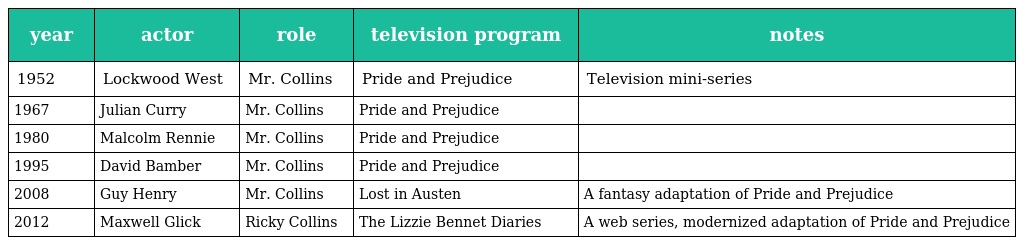
| year | actor | role | television program | notes |
 | --- | --- | --- | --- | --- |
 | 1952 | Lockwood West | Mr. Collins | Pride and Prejudice | Television mini-series |
 | 1967 | Julian Curry | Mr. Collins | Pride and Prejudice |  |
 | 1980 | Malcolm Rennie | Mr. Collins | Pride and Prejudice |  |
 | 1995 | David Bamber | Mr. Collins | Pride and Prejudice |  |
 | 2008 | Guy Henry | Mr. Collins | Lost in Austen | A fantasy adaptation of Pride and Prejudice |
 | 2012 | Maxwell Glick | Ricky Collins | The Lizzie Bennet Diaries | A web series, modernized adaptation of Pride and Prejudice |